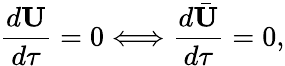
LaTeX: \frac{d\textbf{U}}{d\tau}=0\Longleftrightarrow\frac{d\bar{\textbf{U}}}{d\tau}=0,